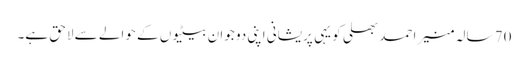
70 سالہ منیر احمد بھلی کو یہی پریشانی اپنی دو جوان بیٹیوں کے حوالے سے لاحق ہے۔